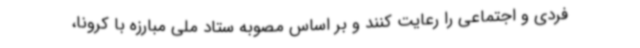
فردی و اجتماعی را رعایت کنند و بر اساس مصوبه ستاد ملی مبارزه با کرونا،